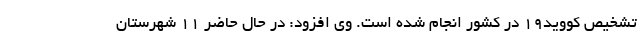
تشخیص کووید۱۹ در کشور انجام شده است. وی افزود: در حال حاضر ۱۱ شهرستان